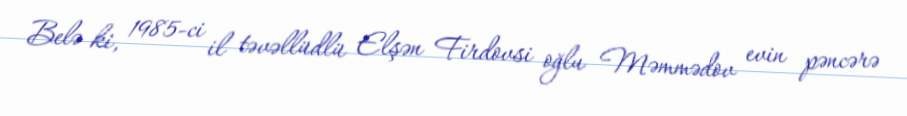
Belə ki, 1985-ci il təvəllüdlü Elşən Firdovsi oğlu Məmmədov evin pəncərə